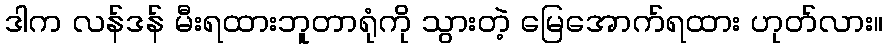
ဒါက လန်ဒန် မီးရထားဘူတာရုံကို သွားတဲ့ မြေအောက်ရထား ဟုတ်လား။